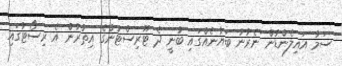
ސަމާ އައިލެންޑުން ނެރުނު ބަޔާނެއްގައި ބުނީ ދެ ޓޫރިސްޓުންގެ އިތުރުން އެ ރިސޯޓުގައި